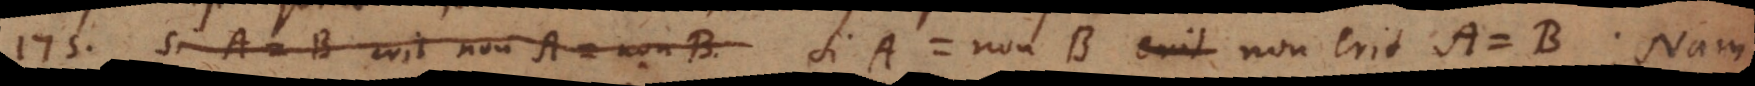
175) Si A = B erit non‐A = non‐B. Si A = non‐B non erit A = B. Nam